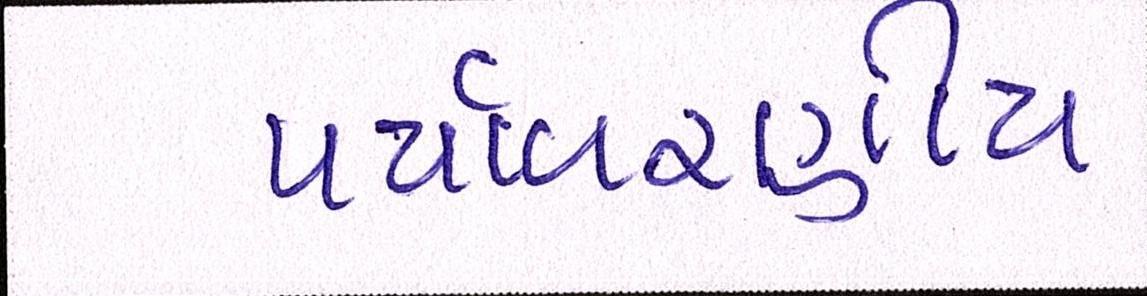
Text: પર્યાવરણીય